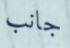
جانب